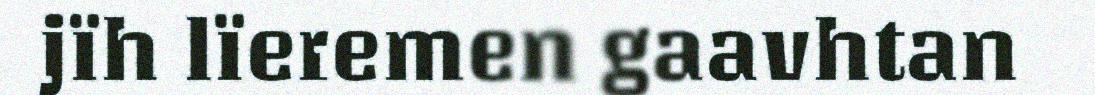
jïh lïeremen gaavhtan